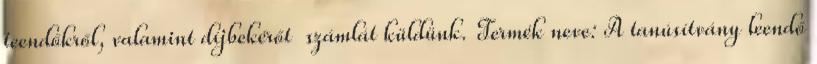
teendőkről, valamint díjbekérőt számlát küldünk. Termék neve: A tanúsítvány leendő